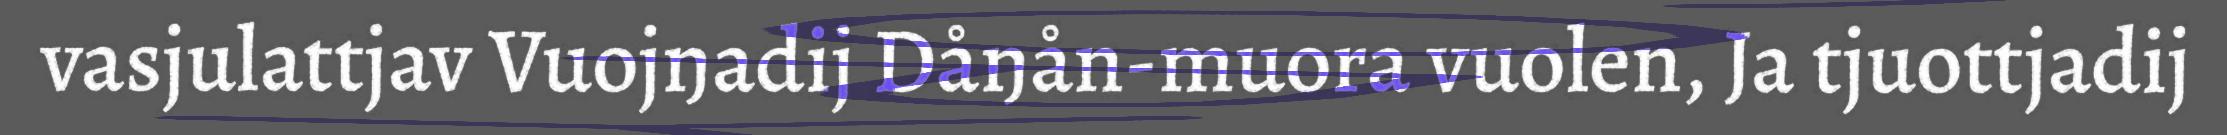
vasjulattjav Vuojŋadij Dåŋån-muora vuolen, Ja tjuottjadij